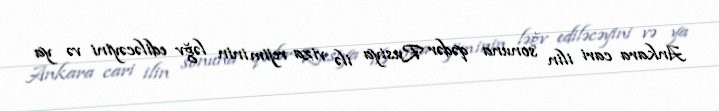
Ankara cari ilin sonuna qədər Rusiya ilə viza rejiminin ləğv ediləcəyini və ya